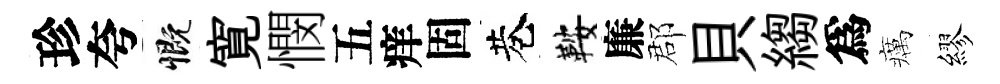
珍夸慨寛憫五痒固巷鞍廉郡貝縐爲癘繆